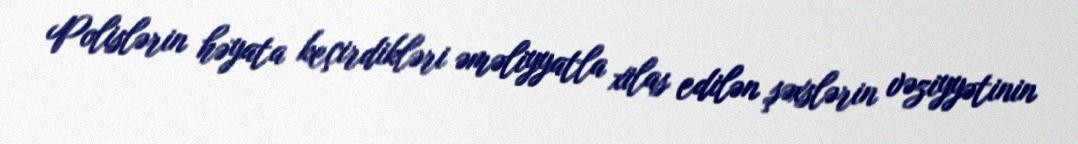
Polislərin həyata keçirdikləri əməliyyatla xilas edilən şəxslərin vəziyyətinin